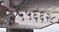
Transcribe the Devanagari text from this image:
५५६६२८